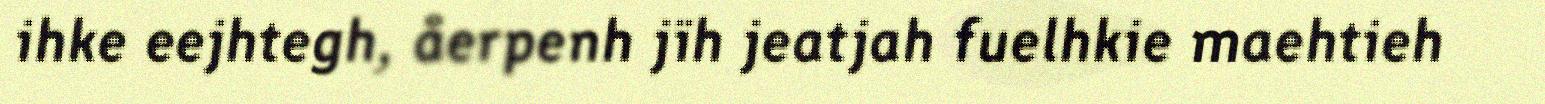
ihke eejhtegh, åerpenh jïh jeatjah fuelhkie maehtieh